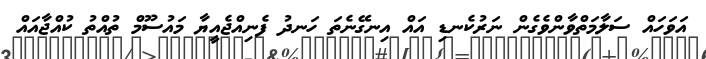
އަވަހައް ސަލާމަތްވާންވެގެން ނަރުކެނޑި އައް އިނގޭނެތަ ހަނދު ފެނިއްޖެއީޔާ މައުސޫމް ތުއްތު ކުއްޖާއައް